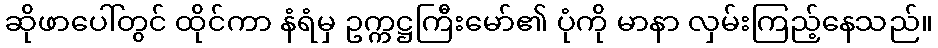
ဆိုဖာပေါ်တွင် ထိုင်ကာ နံရံမှ ဥက္ကဋ္ဌကြီးမော်၏ ပုံကို မာနာ လှမ်းကြည့်နေသည်။